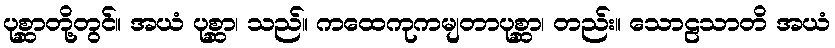
ပုစ္ဆာတို့တွင်။ အယံ ပုစ္ဆာ၊ သည်။ ကထေကုကမျတာပုစ္ဆာ၊ တည်း။ သောဠသာတိ အယံ